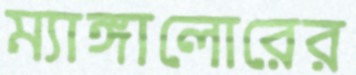
ম্যাঙ্গালোরের